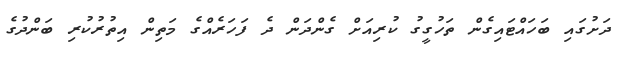
ދަށުގައި ބަހައްޓައިގެން ތަހުގީގު ކުރިއަށް ގެންދަން ދެ ފަހަރެއްގެ މަތިން އިތުރުކުރި ބަންދުގެ